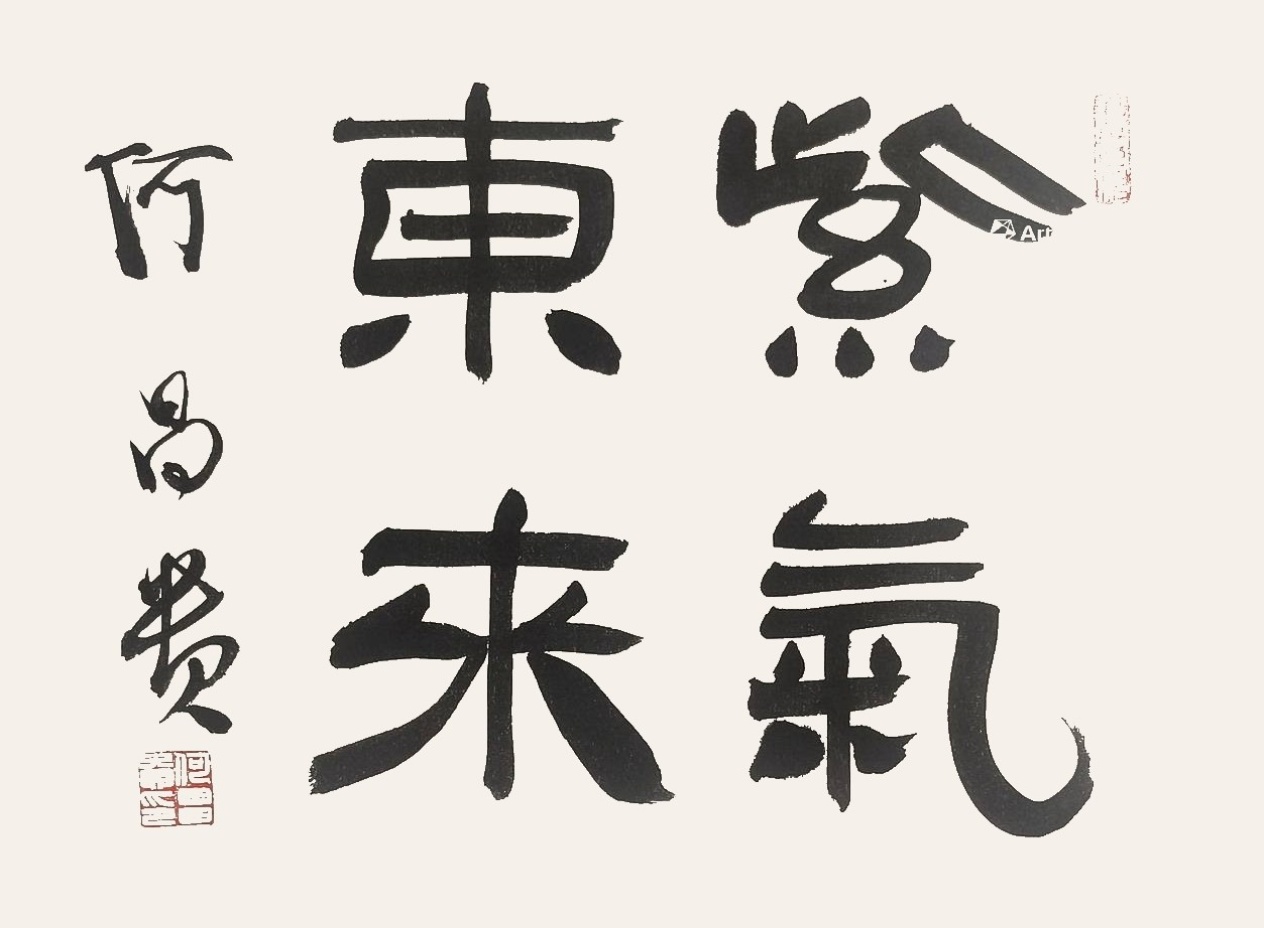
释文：紫气东来何昌贵